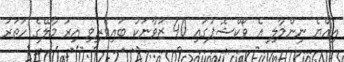
އިއްޔެ ނިންމާލި އެ ވޯކްޝޮޕުގައި 40 ޒުވާނަކު ބައިވެރިވި އިރު މާލޭގެ ހަތަރު